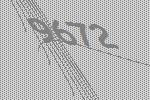
9672